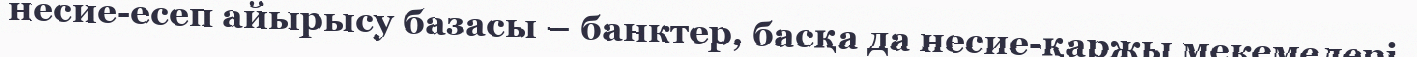
несие-есеп айырысу базасы – банктер, басқа да несие-қаржы мекемелері.